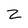
Character: Z